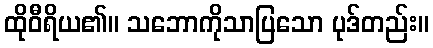
ထိုဝီရိယ၏။ သဘောကိုသာပြသော ပုဒ်တည်း။